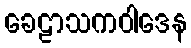
ခေဠာသကဝါဒေန